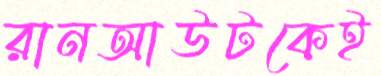
রানআউটকেই